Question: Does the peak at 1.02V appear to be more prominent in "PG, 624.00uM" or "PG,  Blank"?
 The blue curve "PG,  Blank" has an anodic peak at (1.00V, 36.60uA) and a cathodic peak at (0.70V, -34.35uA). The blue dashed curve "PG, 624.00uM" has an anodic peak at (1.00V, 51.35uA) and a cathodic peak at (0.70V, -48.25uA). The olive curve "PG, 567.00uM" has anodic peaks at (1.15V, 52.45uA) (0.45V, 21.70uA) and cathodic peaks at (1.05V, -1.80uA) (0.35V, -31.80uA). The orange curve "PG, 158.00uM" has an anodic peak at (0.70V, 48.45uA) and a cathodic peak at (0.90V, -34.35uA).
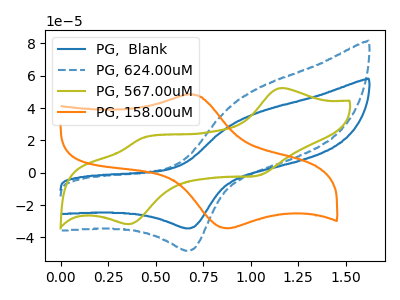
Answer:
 <answer>The peak at 1.02V is higher in "PG, 624.00uM" than in "PG,  Blank".</answer>
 <eval>higher</eval>